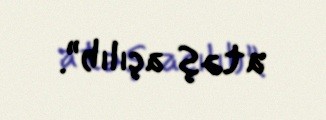
atəş açılıb”.